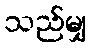
သည်မျှ